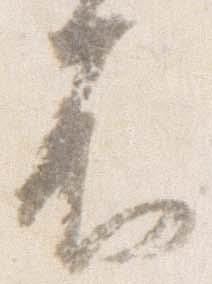
不